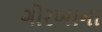
ગોરખાના